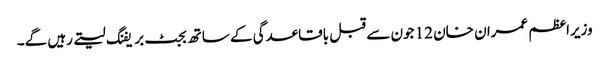
وزیراعظم عمران خان 12 جون سے قبل باقاعدگی کے ساتھ بجٹ بریفنگ لیتے رہیں گے۔